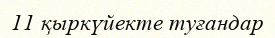
11 қыркүйекте туғандар